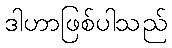
ဒါဟာဖြစ်ပါသည်